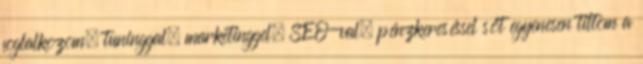
foglalkozom, tuninggal, marketinggel, SEO-val, pénzkereséssel sőt egyenesen tiltom a